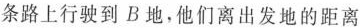
条路上行驶到B地，他们离出发地的距离